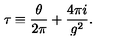
\tau \equiv \frac { \theta } { 2 \pi } + \frac { 4 \pi i } { g ^ { 2 } } .